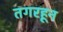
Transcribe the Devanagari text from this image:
तगरहून